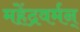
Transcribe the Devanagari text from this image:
महेंद्रवर्मन्‌